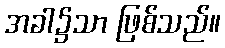
အခါ၌သာ ဖြစ်သည်။